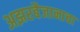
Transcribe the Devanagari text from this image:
अझरबैजानाचा